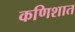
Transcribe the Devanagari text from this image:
कणिशात